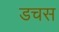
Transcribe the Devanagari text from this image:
डचस